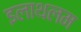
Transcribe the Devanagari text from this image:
इलाथलम